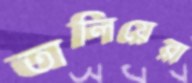
তালিয়েরা